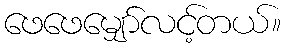
ဖေဖေမျှော်လင့်တယ်။